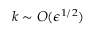
k \sim { \cal O } ( \epsilon ^ { 1 / 2 } )